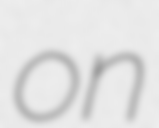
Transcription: on